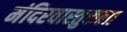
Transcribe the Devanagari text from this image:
मंदिरवास्तुकला